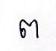
ព